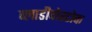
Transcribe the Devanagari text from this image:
ब्लाडीवोस्टोक